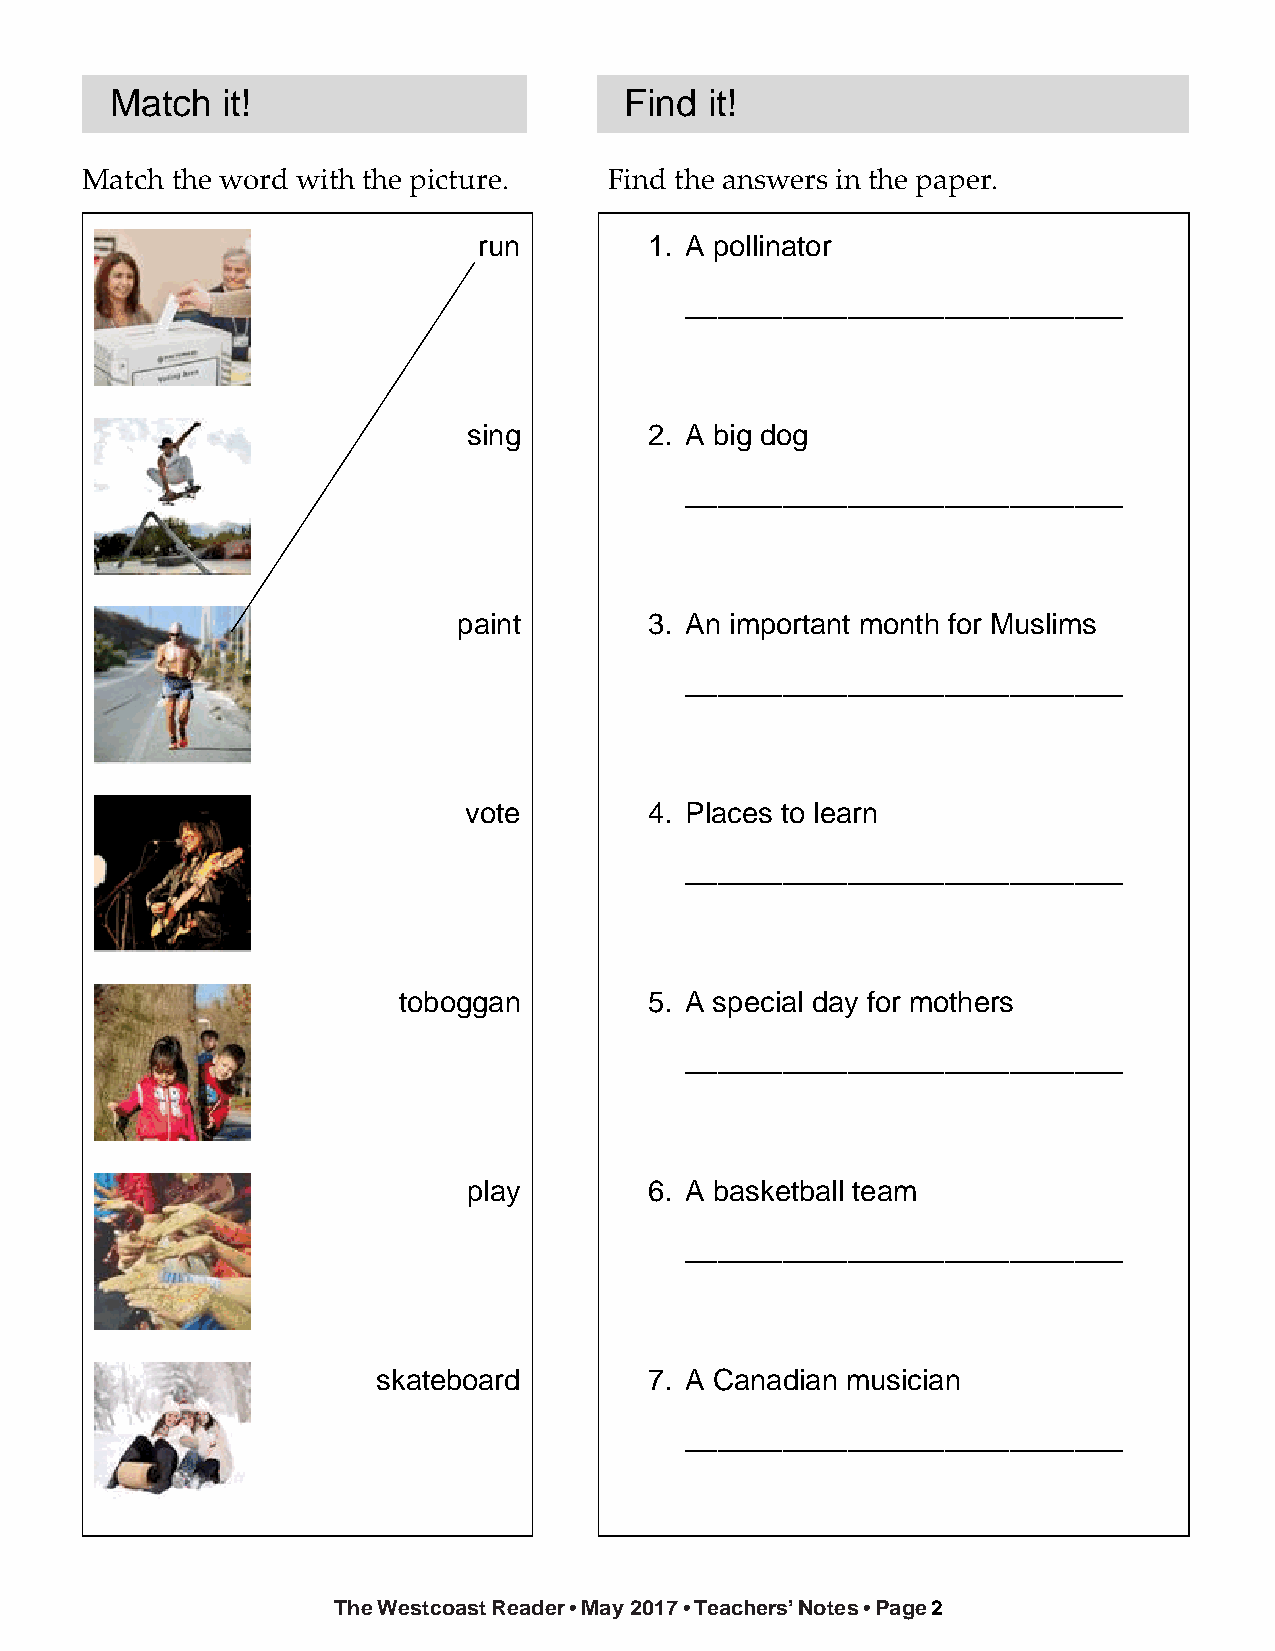
Match   it!                       Find  it!
 Match the word with the picture.   Find the answers in the paper.
 run        1. A pollinator
 ___________________________
 sing        2. A big dog
 ___________________________
 paint        3. An important month for Muslims
 ___________________________
 vote        4. Places to learn
 ___________________________
 toboggan         5. A special day for mothers
 ___________________________
 play        6. A basketball team
 ___________________________
 skateboard        7. A Canadian musician
 ___________________________
 The Westcoast Reader • May 2017 • Teachers’ Notes • Page 2